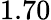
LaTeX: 1.70